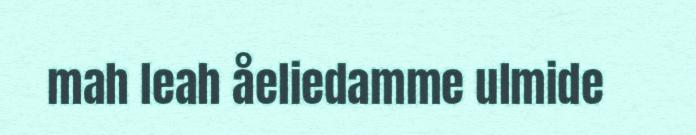
mah leah åeliedamme ulmide